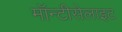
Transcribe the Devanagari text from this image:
मॉन्टीसेलाइट